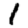
Digit: 1